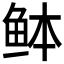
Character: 𫚏